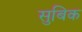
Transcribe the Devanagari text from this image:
सुबिक